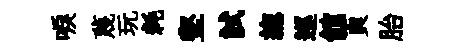
唳蔑玩耗壑試緫巡館頁胎